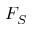
F _ { S }